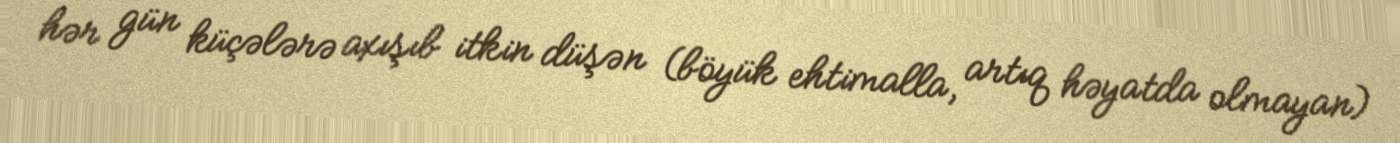
hər gün küçələrə axışıb itkin düşən (böyük ehtimalla, artıq həyatda olmayan)